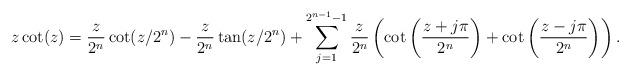
LaTeX: \begin{align*} z\cot(z)=\frac{z}{2^n}\cot(z/2^n)-\frac{z}{2^n}\tan(z/2^n)+\sum_{j=1}^{2^{n-1}-1}\frac{z}{2^n}\left(\cot\left(\frac{z+j\pi}{2^n}\right)+\cot\left(\frac{z-j\pi}{2^n}\right)\right).\end{align*}